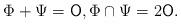
LaTeX: \begin{align*} \Phi + \Psi = \mathsf{O}, \Phi\cap \Psi = 2\mathsf{O}.\end{align*}